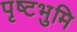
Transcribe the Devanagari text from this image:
पृष्टभुमि